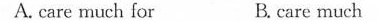
A. care much for B. care much